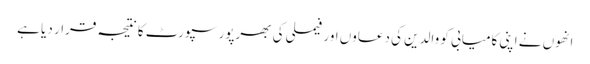
انھوں نے اپنی کامیابی کو والدین کی دعاوں اور فیملی کی بھرپور سپورٹ کا نتیجہ قرار دیا ہے